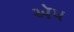
ઍપ